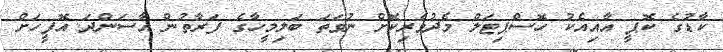
ކާޑުގެ ކޮޕީ އާއިއެކު ހޮސްޕިޓަލް މެދުވެރިކޮށް ނުވަތަ ބަލިމީހާގެ ފަރާތުން އާސަންދަ އޮފީހަށް